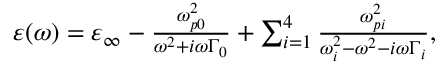
\begin{array} { r } { \varepsilon ( \omega ) = \varepsilon _ { \infty } - \frac { \omega _ { p 0 } ^ { 2 } } { \omega ^ { 2 } + i \omega \Gamma _ { 0 } } + \sum _ { i = 1 } ^ { 4 } \frac { \omega _ { p i } ^ { 2 } } { { \omega _ { i } ^ { 2 } - \omega ^ { 2 } - i \omega \Gamma _ { i } } } , } \end{array}